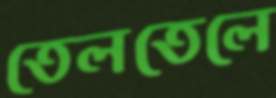
তেলতেলে